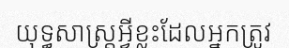
យុទ្ធសាស្ត្រអ្វីខ្លះដែលអ្នកត្រូវ